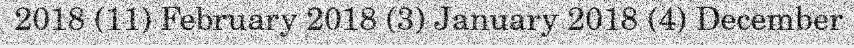
2018 (11) February 2018 (3) January 2018 (4) December